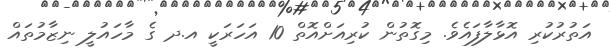
އަތުރުކުރި އޮޅާލާފައެވެ. މިގޮތުން ކުރިއަށްއޮތް 10 އަހަރަކީ އ.ދ ގެ މާހައުލީ ނިޒާމުތައް